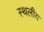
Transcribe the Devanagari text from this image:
स्‍थलीय